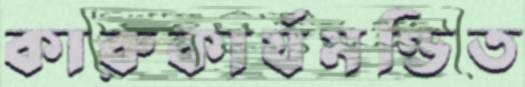
কারুকার্যমণ্ডিত